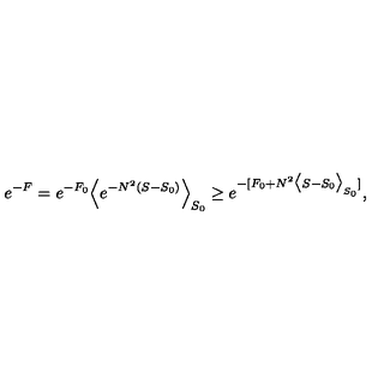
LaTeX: e ^ { - F } = e ^ { - F _ { 0 } } \Big < e ^ { - N ^ { 2 } ( S - S _ { 0 } ) } \Big > _ { S _ { 0 } } \ge e ^ { - [ F _ { 0 } + N ^ { 2 } \big < S - S _ { 0 } \big > _ { S _ { 0 } } ] } ,